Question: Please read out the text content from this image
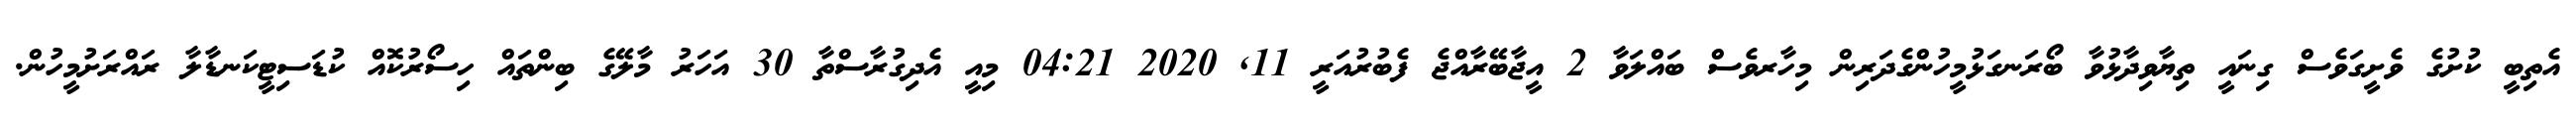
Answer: އެތިބީ ކުށުގެ ވެށީގަވެސް ގިނައީ ތިޔާވިދާޅުވާ ބޯރަނގަޅުމީހުންގެދަރިން މިހާރވެސް ބައްލަވާ 2 އީޖާބޭރާއްޖެ ފެބުރުއަރީ 11, 2020 04:21 މިއީ އެދިގުރާސްތާ 30 އަހަރު މާލޭގެ ބިންތައް ހިސޯރުކޮއް ކުޑަސިޓީކަނޑާލާ ރައްރަށުމީހުން.